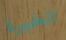
الخبرة